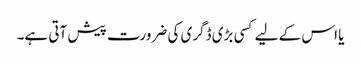
یا اس کے لیے کسی بڑی ڈگری کی ضرورت پیش آتی ہے۔